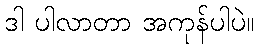
ဒါ ပါလာတာ အကုန်ပါပဲ။